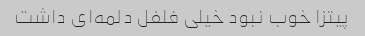
پیتزا خوب نبود خیلی فلفل دلمه‌ای داشت